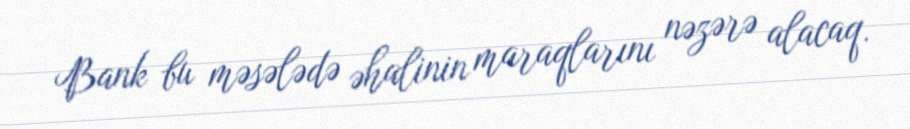
Bank bu məsələdə əhalinin maraqlarını nəzərə alacaq.